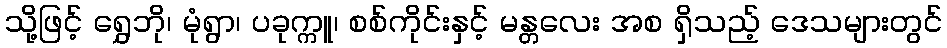
သို့ဖြင့် ရွှေဘို၊ မုံရွာ၊ ပခုက္ကူ၊ စစ်ကိုင်းနှင့် မန္တလေး အစ ရှိသည့် ဒေသများတွင်